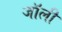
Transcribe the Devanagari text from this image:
जाॅली